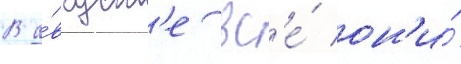
В а́вгуст'е вс'е́ он'и́